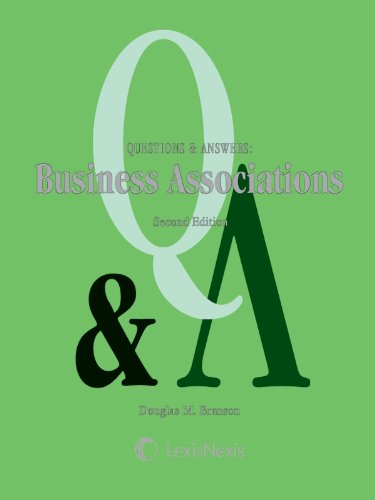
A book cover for Questions & Answers: Business Associations; Douglas M. Branson; Law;